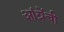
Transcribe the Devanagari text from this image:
आंग्रेंची